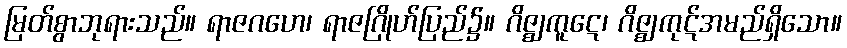
မြတ်စွာဘုရားသည်။ ရာဇဂဟေ၊ ရာဇဂြိုဟ်ပြည်၌။ ဂိဇ္ဈကူဋေ၊ ဂိဇ္ဈကုဋ်အမည်ရှိသော။